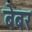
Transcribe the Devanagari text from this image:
बेबर